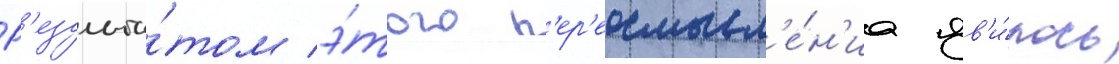
Р'езульта́том э́того п'ер'еосмысл'е́н'иа яв'и́лось